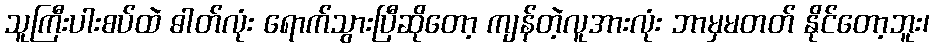
သူကြီးပါးစပ်ထဲ ဓါတ်လုံး ရောက်သွားပြီဆိုတော့ ကျန်တဲ့လူအားလုံး ဘာမှမတတ် နိုင်တော့ဘူး၊